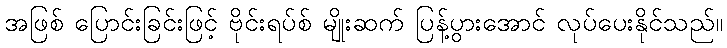
အဖြစ် ပြောင်းခြင်းဖြင့် ဗိုင်းရပ်စ် မျိုးဆက် ပြန့်ပွားအောင် လုပ်ပေးနိုင်သည်။